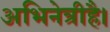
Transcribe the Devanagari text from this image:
अभिनेत्रीहै।